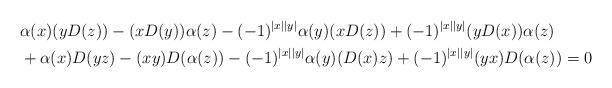
LaTeX: \begin{align*}&\alpha (x) (y D(z))-(xD(y))\alpha (z)-(-1)^{|x||y|}\alpha(y)(xD(z))+(-1)^{|x||y|}(y D(x)) \alpha (z)\\&+\alpha (x)D(yz)-(x y) D(\alpha (z))-(-1)^{|x||y|}\alpha(y)(D(x)z)+(-1)^{|x||y|}(y x) D(\alpha (z))=0\end{align*}